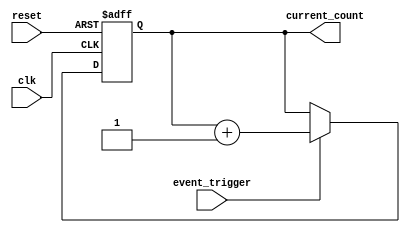
module event_triggered_counter (
    input wire clk,                // System clock
    input wire reset,              // Asynchronous reset
    input wire event_trigger,      // Trigger signal for counting
    output reg [7:0] current_count // Current count value (8-bit wide)
);

// Memory block to store the count value
reg [7:0] memory_block;  // 8-bit memory block for the count

// Synchronous reset logic and event counting
always @(posedge clk or posedge reset) begin
    if (reset) begin
        // Reset the counter to zero
        memory_block <= 8'b0;
        current_count <= 8'b0;
    end else begin
        // Check for rising edge of event_trigger
        if (event_trigger) begin
            // Read current count from memory block
            current_count <= memory_block;

            // Increment the count
            current_count <= current_count + 1;

            // Write the updated count back to memory block
            memory_block <= current_count;
        end
    end
end

endmodule